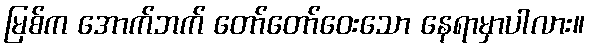
မြစ်က အောက်ဘက် တော်တော်ဝေးသော နေရာမှာပါလား။